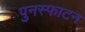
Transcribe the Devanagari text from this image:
पुनस्फाटन